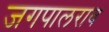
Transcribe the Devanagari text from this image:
जगपालराव